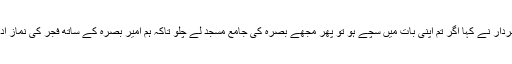
ان کے سردار نے کہا اگر تم اپنی بات میں سچے ہو تو پھر مجھے بصرہ کی جامع مسجد لے چلو تاکہ ہم امیر بصرہ کے ساتھ فجر کی نماز اداء کریں ۔